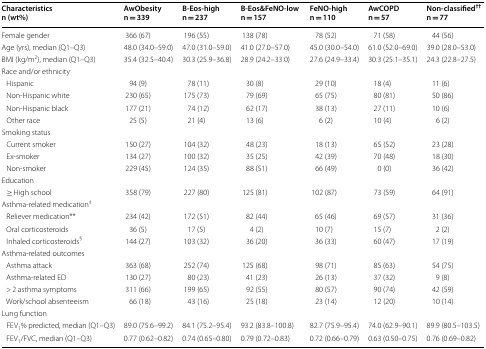
<table><thead><tr><td><b>Characteristicsn (wt%)</b></td><td><b>AwObesityn = 339</b></td><td><b>B-Eos-highn = 237</b></td><td><b>B-Eos&amp;FeNO-lown = 157</b></td><td><b>FeNO-highn = 110</b></td><td><b>AwCOPDn = 57</b></td><td><b>Non-classified<sup>††</sup>n = 77</b></td></tr></thead><tbody><tr><td>Female gender</td><td>366 (67)</td><td>196 (55)</td><td>138 (78)</td><td>78 (52)</td><td>71 (58)</td><td>44 (56)</td></tr><tr><td>Age (yrs), median (Q1–Q3)</td><td>48.0 (34.0–59.0)</td><td>47.0 (31.0–59.0)</td><td>41.0 (27.0–57.0)</td><td>45.0 (30.0–54.0)</td><td>61.0 (52.0–69.0)</td><td>39.0 (28.0–53.0)</td></tr><tr><td>BMI (kg/m<sup>2</sup>), median (Q1–Q3)</td><td>35.4 (32.5–40.4)</td><td>30.3 (25.9–36.8)</td><td>28.9 (24.2–33.0)</td><td>27.6 (24.9–33.4)</td><td>30.3 (25.1–35.1)</td><td>24.3 (22.8–27.5)</td></tr><tr><td colspan="7">Race and/or ethnicity</td></tr><tr><td> Hispanic</td><td>94 (9)</td><td>78 (11)</td><td>30 (8)</td><td>29 (10)</td><td>18 (4)</td><td>11 (6)</td></tr><tr><td> Non-Hispanic white</td><td>230 (65)</td><td>175 (73)</td><td>79 (69)</td><td>65 (75)</td><td>80 (81)</td><td>50 (86)</td></tr><tr><td> Non-Hispanic black</td><td>177 (21)</td><td>74 (12)</td><td>62 (17)</td><td>38 (13)</td><td>27 (11)</td><td>10 (6)</td></tr><tr><td> Other race</td><td>25 (5)</td><td>21 (4)</td><td>13 (6)</td><td>6 (2)</td><td>10 (4)</td><td>6 (2)</td></tr><tr><td colspan="7">Smoking status</td></tr><tr><td> Current smoker</td><td>150 (27)</td><td>104 (32)</td><td>48 (23)</td><td>18 (13)</td><td>65 (52)</td><td>23 (28)</td></tr><tr><td> Ex-smoker</td><td>134 (27)</td><td>100 (32)</td><td>35 (25)</td><td>42 (39)</td><td>70 (48)</td><td>18 (30)</td></tr><tr><td> Non-smoker</td><td>229 (45)</td><td>124 (35)</td><td>88 (51)</td><td>66 (49)</td><td>0 (0)</td><td>36 (42)</td></tr><tr><td colspan="7">Education</td></tr><tr><td> ≥ High school</td><td>358 (79)</td><td>227 (80)</td><td>125 (81)</td><td>102 (87)</td><td>73 (59)</td><td>64 (91)</td></tr><tr><td colspan="7">Asthma-related medication<sup>‡</sup></td></tr><tr><td> Reliever medication**</td><td>234 (42)</td><td>172 (51)</td><td>82 (44)</td><td>65 (46)</td><td>69 (57)</td><td>31 (36)</td></tr><tr><td> Oral corticosteroids</td><td>36 (5)</td><td>17 (5)</td><td>4 (2)</td><td>10 (7)</td><td>15 (7)</td><td>2 (2)</td></tr><tr><td> Inhaled corticosteroids<sup>§</sup></td><td>144 (27)</td><td>103 (32)</td><td>36 (20)</td><td>36 (33)</td><td>60 (47)</td><td>17 (19)</td></tr><tr><td colspan="7">Asthma-related outcomes</td></tr><tr><td> Asthma attack</td><td>363 (68)</td><td>252 (74)</td><td>125 (68)</td><td>98 (71)</td><td>85 (63)</td><td>54 (75)</td></tr><tr><td> Asthma-related ED</td><td>130 (27)</td><td>80 (23)</td><td>41 (23)</td><td>26 (13)</td><td>37 (32)</td><td>9 (8)</td></tr><tr><td> &gt; 2 asthma symptoms</td><td>311 (66)</td><td>199 (65)</td><td>92 (55)</td><td>80 (57)</td><td>90 (74)</td><td>42 (59)</td></tr><tr><td> Work/school absenteeism</td><td>66 (18)</td><td>43 (16)</td><td>25 (18)</td><td>23 (14)</td><td>12 (20)</td><td>10 (14)</td></tr><tr><td colspan="7">Lung function</td></tr><tr><td> FEV<sub>1</sub>% predicted, median (Q1–Q3)</td><td>89.0 (75.6–99.2)</td><td>84.1 (75.2–95.4)</td><td>93.2 (83.8–100.8)</td><td>82.7 (75.9–95.4)</td><td>74.0 (62.9–90.1)</td><td>89.9 (80.5–103.5)</td></tr><tr><td> FEV<sub>1</sub>/FVC, median (Q1–Q3)</td><td>0.77 (0.62–0.82)</td><td>0.74 (0.65–0.80)</td><td>0.79 (0.72–0.83)</td><td>0.72 (0.66–0.79)</td><td>0.63 (0.50–0.75)</td><td>0.76 (0.69–0.82)</td></tr></tbody></table>